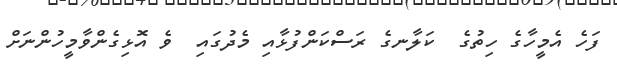
ފަހެ އެމީހާގެ ހިތުގެ  ކަލާނގެ ރަސްކަންފުޅާއި މެދުގައި  ވެ އޮޅިގެންވާމީހުންނަށް